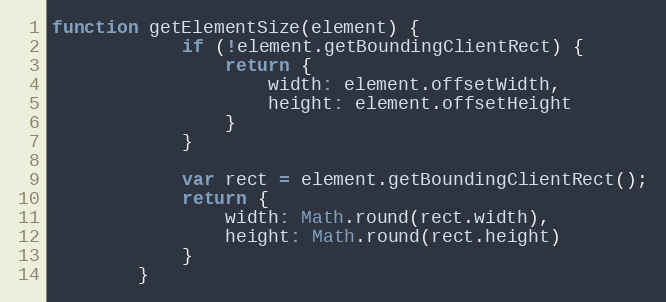
Language: JavaScript
function getElementSize(element) {
            if (!element.getBoundingClientRect) {
                return {
                    width: element.offsetWidth,
                    height: element.offsetHeight
                }
            }

            var rect = element.getBoundingClientRect();
            return {
                width: Math.round(rect.width),
                height: Math.round(rect.height)
            }
        }